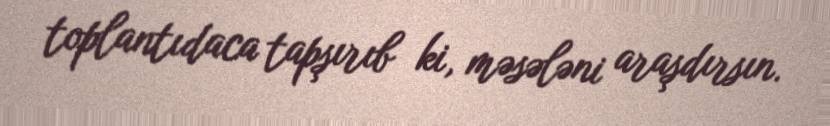
toplantıdaca tapşırıb ki, məsələni araşdırsın.